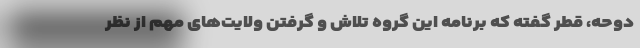
دوحه، قطر گفته که برنامه این گروه تلاش و گرفتن ولایت‌های مهم از نظر